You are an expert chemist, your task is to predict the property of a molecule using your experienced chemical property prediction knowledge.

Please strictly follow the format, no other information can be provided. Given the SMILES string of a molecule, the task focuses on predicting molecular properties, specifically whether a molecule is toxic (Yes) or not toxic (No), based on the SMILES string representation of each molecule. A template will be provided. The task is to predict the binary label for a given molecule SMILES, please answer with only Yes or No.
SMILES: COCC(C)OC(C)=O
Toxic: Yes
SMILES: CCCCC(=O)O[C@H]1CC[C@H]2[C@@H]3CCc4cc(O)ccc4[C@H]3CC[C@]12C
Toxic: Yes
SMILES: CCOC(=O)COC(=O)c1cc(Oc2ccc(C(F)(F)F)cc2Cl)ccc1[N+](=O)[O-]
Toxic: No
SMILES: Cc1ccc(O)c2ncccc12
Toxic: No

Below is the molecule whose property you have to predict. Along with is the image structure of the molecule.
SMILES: O=C(N[C@H]1CN2CCC1CC2)c1cc2ccoc2cn1
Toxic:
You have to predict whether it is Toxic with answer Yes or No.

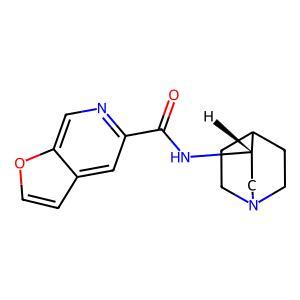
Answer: No